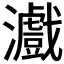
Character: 𤃪